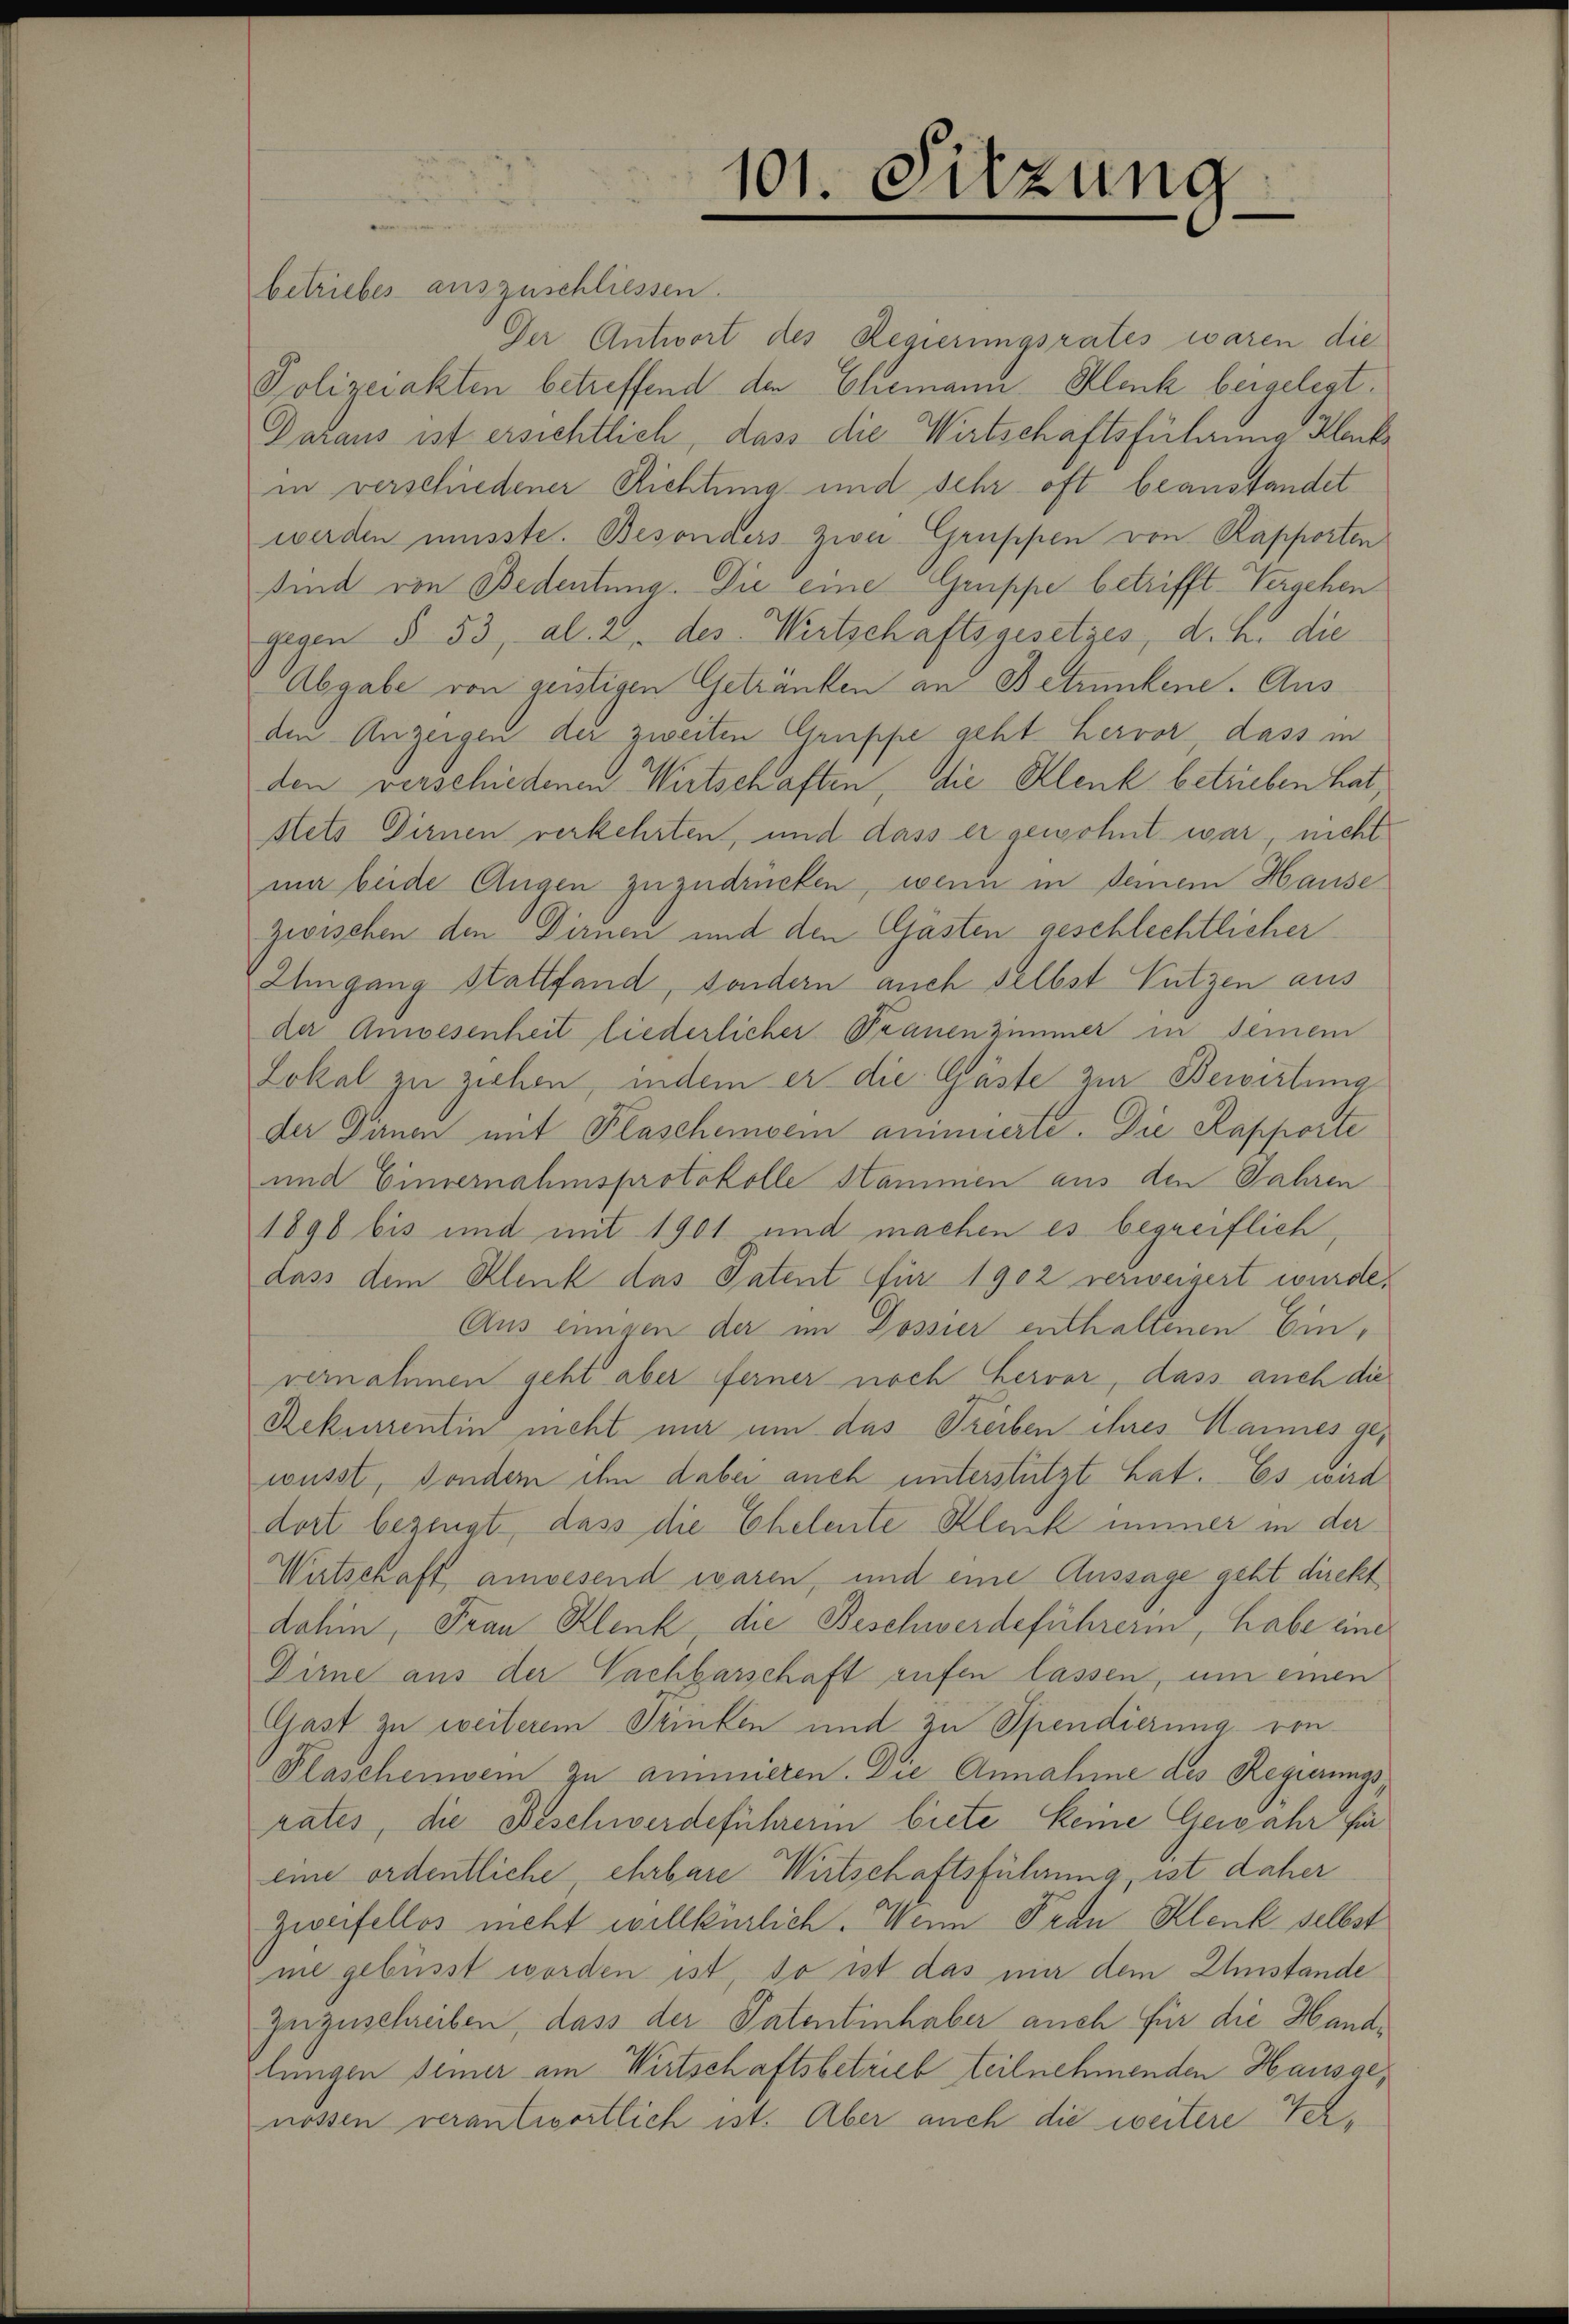
101. Sitzung

betriebes auszuschliessen.
Der Antwort des Regierungsrates waren die
Polizeiakten betreffend den Ehemann Klenk bergelegt.
Daraus ist ersichtlich, dass die Wirtschäftsführung Klack
in verschiedener Richtung und sehr oft beanstandet
werden müsste. Besonders zwei Gruppen von Rapporten
sind von Bedeutung. Die eine Gruppe betrifft Vergehen
gegen § 53, al. 2 des Wirtschaftsgesetzes, d. h. die
Abgabe von geistigen Getränken an Betrunkene. Aus
den Anzeigen der zweiten Gruppe geht hervor, dass in
den verschiedenen Wirtschaften, die Klenk betrieben hat,
stets Dirnen verkehrten, und dass er gewohnt war, nicht
nn beide Augen zuzudrücken, wenn in Deinem Hause
zwischen den Dirnen und den Gästen geschlechtlicher
Umgang stattfand, sondern auch selbst Nutzen aus
der Anwesenheit liederlicher Trauenzimmer in seinem
Lokal zu ziehen, indem er die Gäste zur Bewirtung
der Dirnen mit Plascheinsein animierte. Die Kapporte
und Eimernahmsprotokolle Stammen aus den Jahren
1890 bis und mit 1901 und machen es begreiflich
dass dem Klenk das Patent für 1902 verweigert wurde.
Aus einigen der im Dossier enthaltenen Einvernahmen geht aber ferner noch hervor, dass auch die
Rekurrentin nicht mir um das Treiben ihres Hannes gewusst, sondern ihn dabei auch unterstützt hat. Es wird
dort bezeugt, dass die Ehelente Klenk immer in der
Wirtschaft anwesend waren, und eine Aussage geht direkt
dahin, Frau Klenk, die Beschwerdeführerin, habe eine
Dirne aus der Nachbarschaft aufen lassen, um einen
Gast zu weiterem Trinken und zu Spendierung von
Plaschenwein zu aminieren. Die Annahme des Regierungs
rates, die Beschwerdeführerin biete keine Gewahr für
eine ordentliche, ehrbare Wirtschaftsführung, ist daher
zweifellos nicht willkürlich. Wenn Frau Klenk selbst
me gebüsst worden ist, so ist das mir dem Einstande
zuzuschreiben, dass der Patentinhaber auch für die Handlunigen seiner am Wirtschaftsbetrieb teilnehmenden Hausgenossen verantwortlich ist. Aber auch die weitere Ter¬